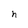
Character: h